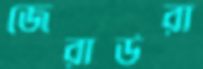
জেরার্ডরা